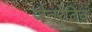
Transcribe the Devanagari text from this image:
जैनरेटिव